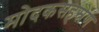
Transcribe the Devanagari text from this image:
मोदकसहस्रेण